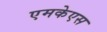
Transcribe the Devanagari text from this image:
एमकेएस